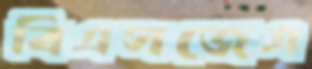
বিএসজেএ